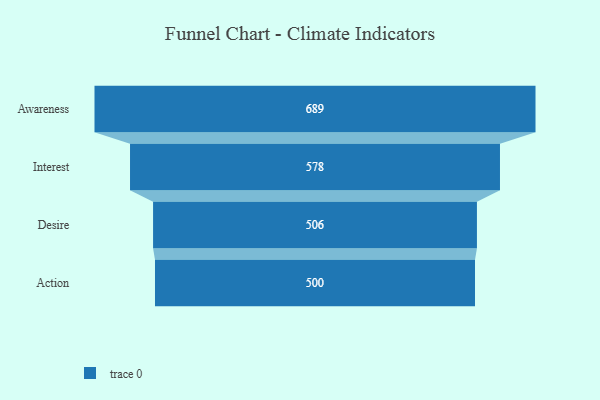
{"axis": {"x": "Stage", "y": "Value"}, "legend": [""], "data": [{"x": "Awareness", "y": 689.0, "type": ""}, {"x": "Interest", "y": 578.0, "type": ""}, {"x": "Desire", "y": 506.0, "type": ""}, {"x": "Action", "y": 500, "type": ""}]}